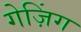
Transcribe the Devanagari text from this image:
गेज़िंग